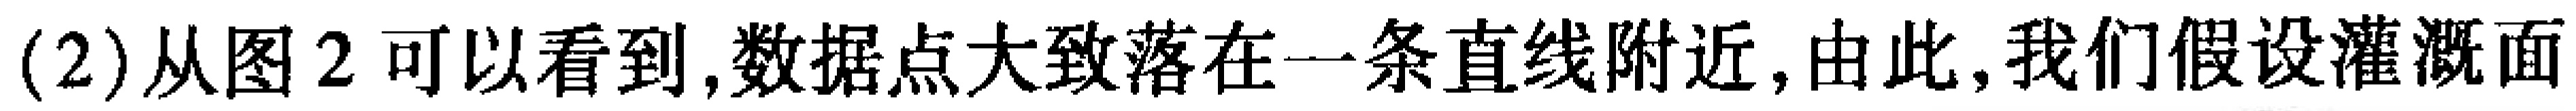
(2)从图2可以看到,数据点大致落在一条直线附近,由此,我们假设灌溉面